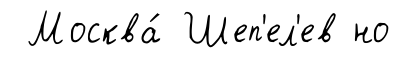
Москва́ Шеп'ел'ев но